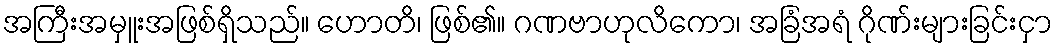
အကြီးအမှူးအဖြစ်ရှိသည်။ ဟောတိ၊ ဖြစ်၏။ ဂဏဗာဟုလိကော၊ အခြံအရံ ဂိုဏ်းများခြင်းငှာ